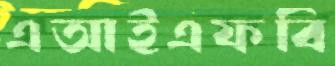
এআইএফবি